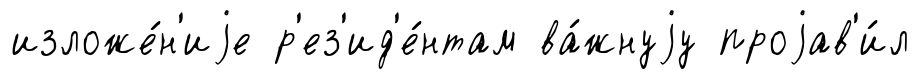
изложе́н'иjе р'ез'ид'е́нтам ва́жнуjу проjав'и́л